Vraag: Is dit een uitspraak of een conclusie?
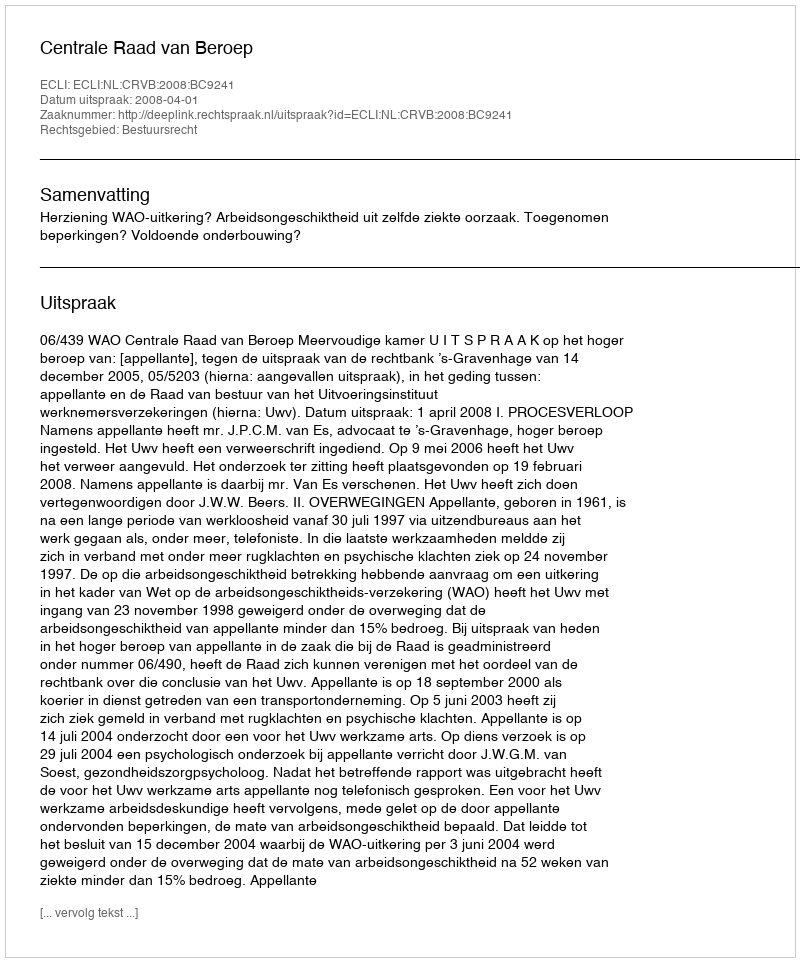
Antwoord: Uitspraak